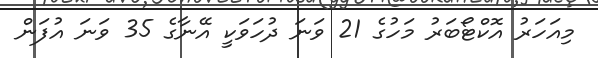
މިއަހަރު އޮކްޓޯބަރު މަހުގެ 21 ވަނަ ދުހަވަކީ އޭނާގެ 35 ވަނަ އުފަން